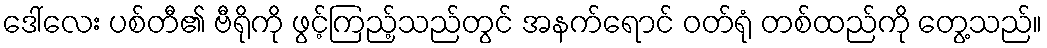
ဒေါ်လေး ပစ်တီ၏ ဗီရိုကို ဖွင့်ကြည့်သည်တွင် အနက်ရောင် ဝတ်ရုံ တစ်ထည်ကို တွေ့သည်။